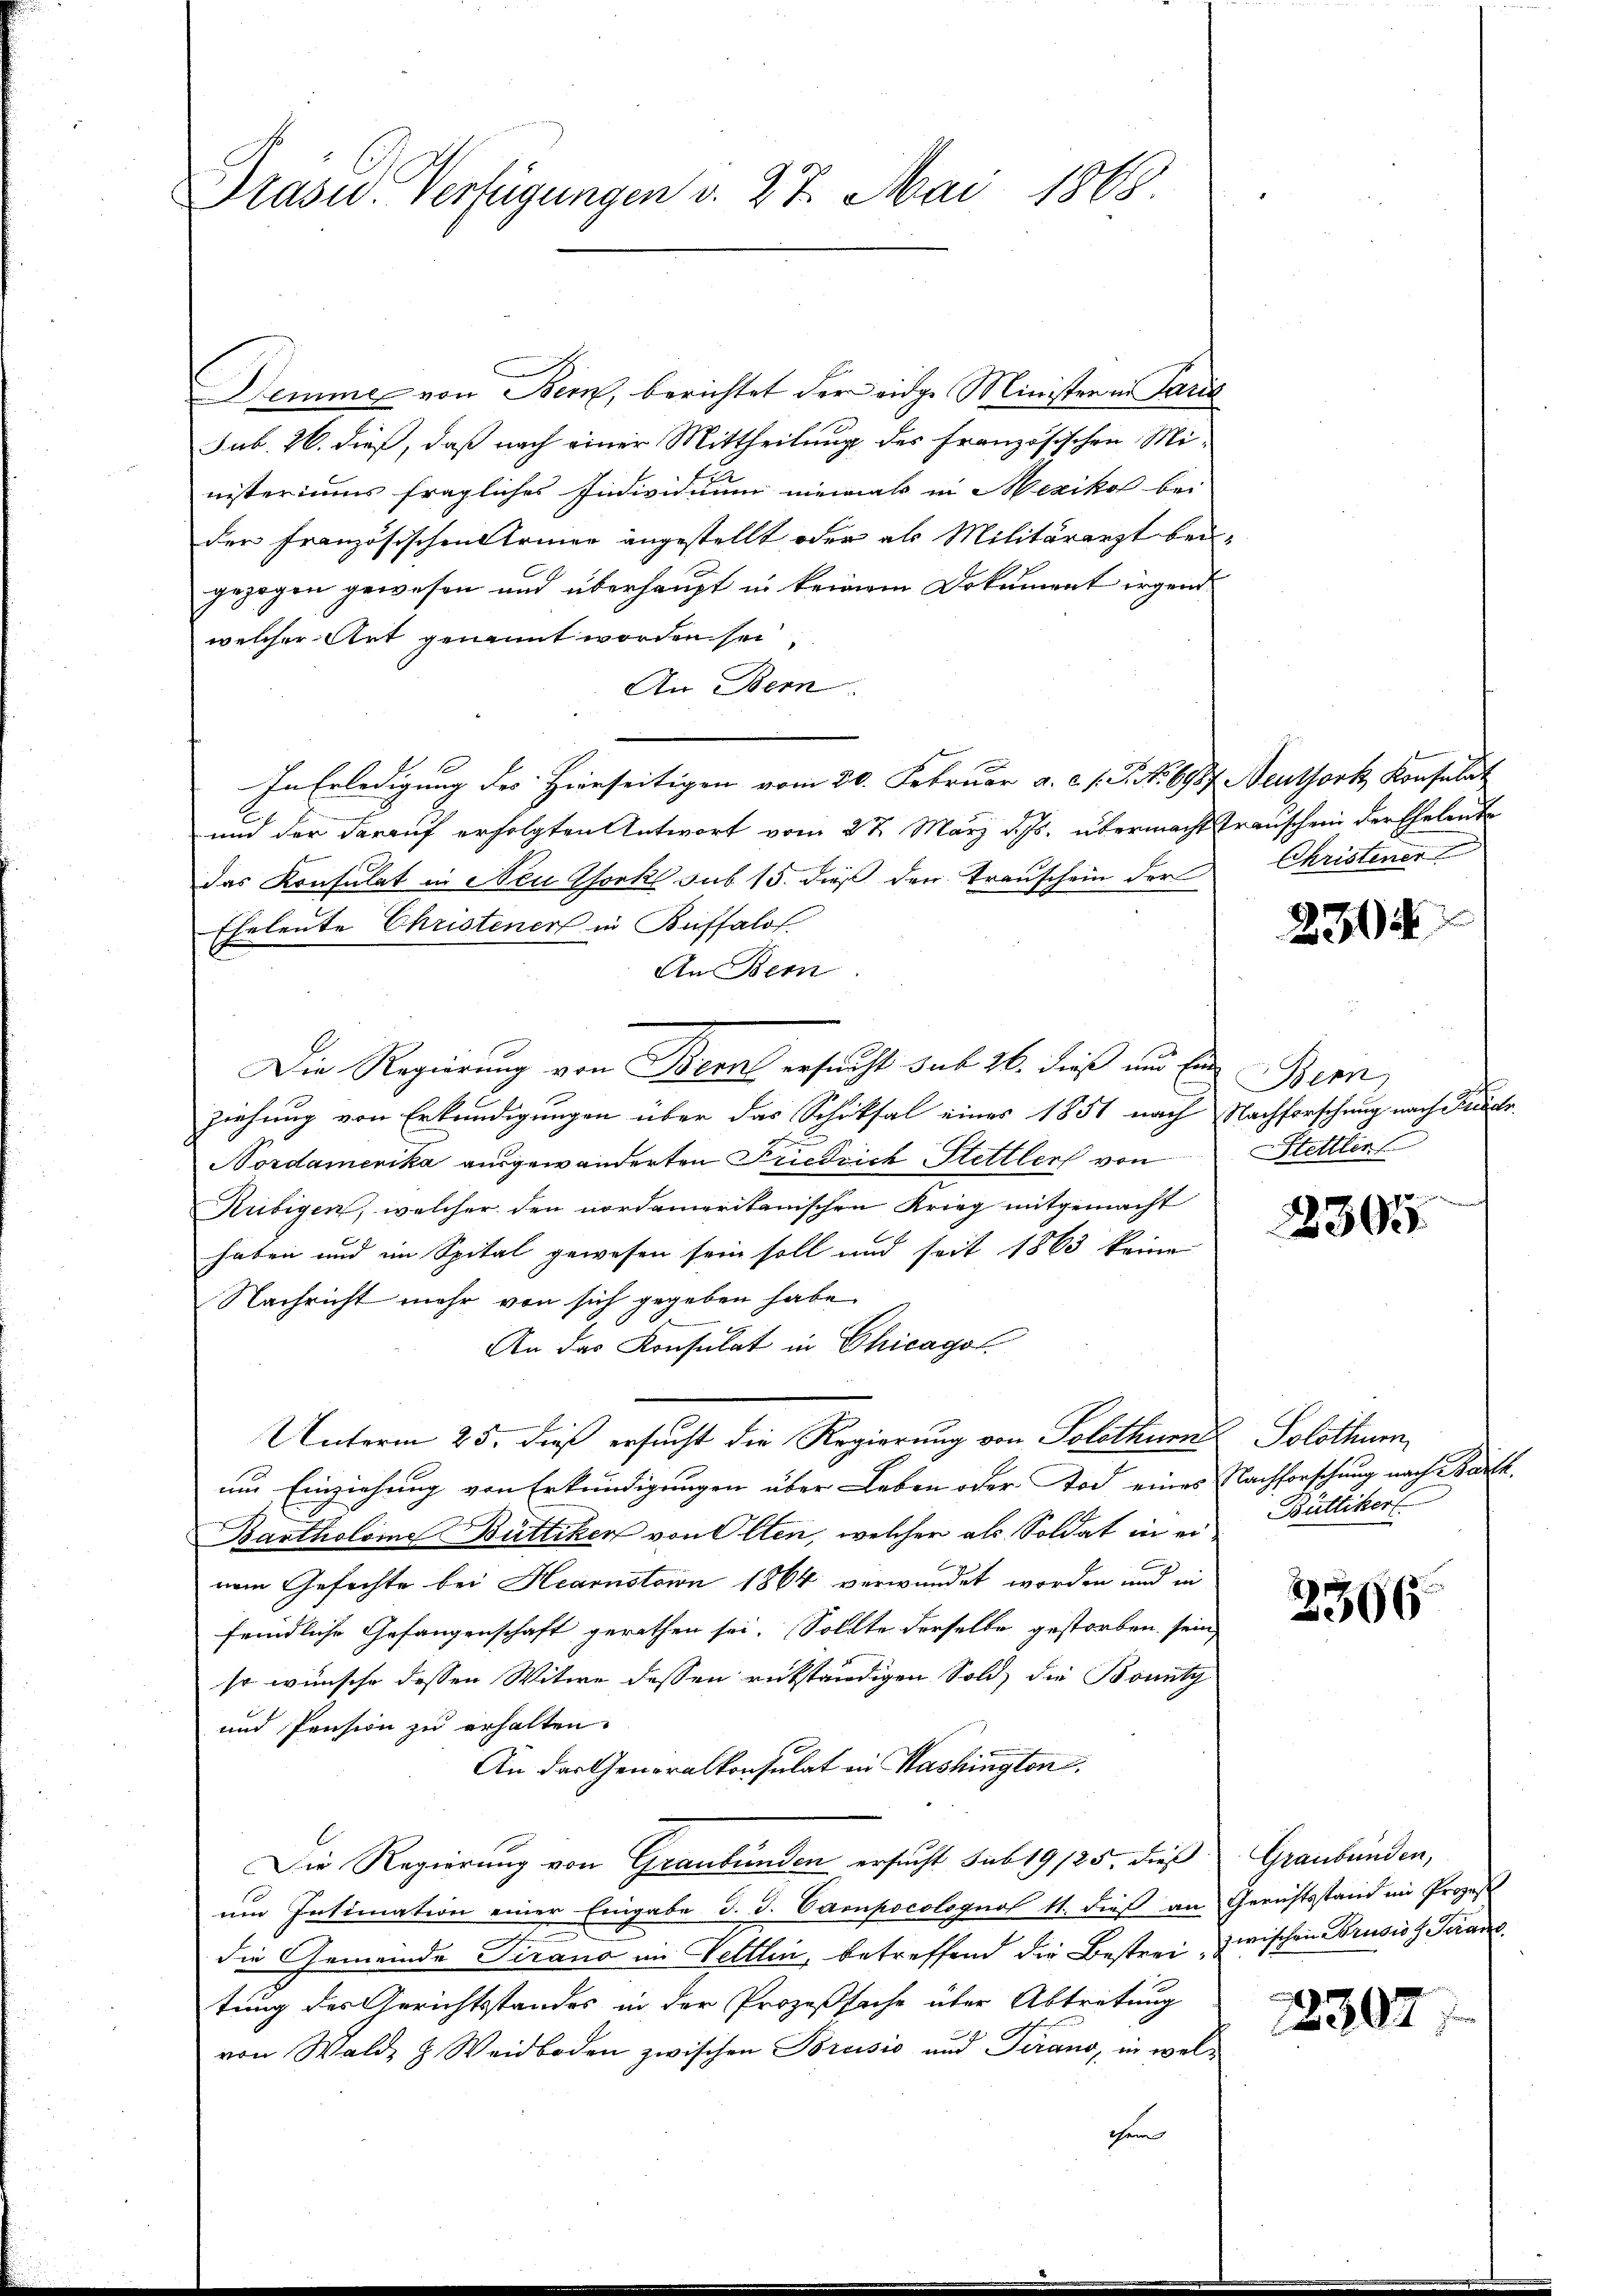
Präsid. Verfügungen v. 27. Mai 1863.

Semme von Bern, berichtet der eidge Minister in Paris
sub. 26. dieß, daß nach einer Mittheilung des Französischen Ministeriums fragliches Individuum niemals in Mexikol bei
der französischen Armee angestellt oder als Militärarzt bei-
gezogen gewesen und überhaupt in keinem Dokument irgend
welcher Art genannt worden sei,
An Bern
In Erledigung des Hierseitigen vom 20. Februar a. c. s. S. No 6987. Neuthork, Konsulat
und der darauf erfolgten Antwort vom 23 März d. Js. übermacht transchen der Eheleute
das Konsulat in Neu Chorkl sub 15. dieß den Trauschein der
Eheleute Christener in Buffalof
An Bern.
Die Regierung von Berat ersucht sub 26. dieß und Ein
ziehung von Erkundigungen über das Schiksal eines 1851 nach Nachforschung nach Puder
Nordamerika ausgewänderten Friedrich Stettlers von Stettler
Rüibigen, welcher den nordameritanischen Krieg mitgemacht
haben und im Spital gewesen sein soll und seit 1863 keine
Nachricht mehr von sich gegeben habe.
An das Konsulat in Chicagol
Unterm 25. dieß ersucht die Regierung von Solothur Solothurn,
um Einziehung von Erkundigungen über Leben oder Tod eines Nachforschung nach Barth.
Bartholome Büttiker von Olten, welcher als Soldat in einem Gefochte bei Heanstorin 1864 verwundet worden und in
feindliche Gefangenschaft gerathen sei. Sollte derselbe gestorben sein,
so wünsche dessen Witwe dessen rükständigen Sold, die Bonitz
und Pension zu erhalten.
An der Generalkonsulat in Washingten.
Die Regierung von Graubünden ersucht sub 19/25. dies Graubünden,
um Intimation einer Eingabe d. d. Campocolognos 11. dieß an Gerichtsstand im Prozess
die Gemeinde Tirano im Veltlin, betreffend die Bestrei zwischen Brusio H. Transtung des Gerichtsstandes in der Prozeßsache über Abtretung
von Wald- & Weidboden zwischen Porcisio und Terano, in welchem

Christener

230.

Bern

22395

Büttiker

2366

12307